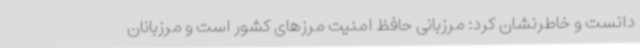
دانست و خاطرنشان‌ کرد: مرزبانی حافظ امنیت مرزهای کشور است و مرزبانان